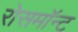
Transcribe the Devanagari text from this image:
रोसमॉन्ट